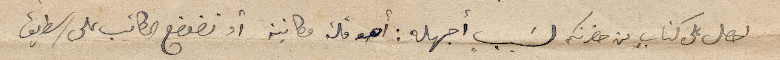
احصل على كتابٍ من حضرتكم لسَببٍ أجهله: أهو قلة مكاتبة أو تضعضع المكاتيب على الطريق